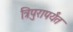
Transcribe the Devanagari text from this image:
त्रिपुरापर्यंत